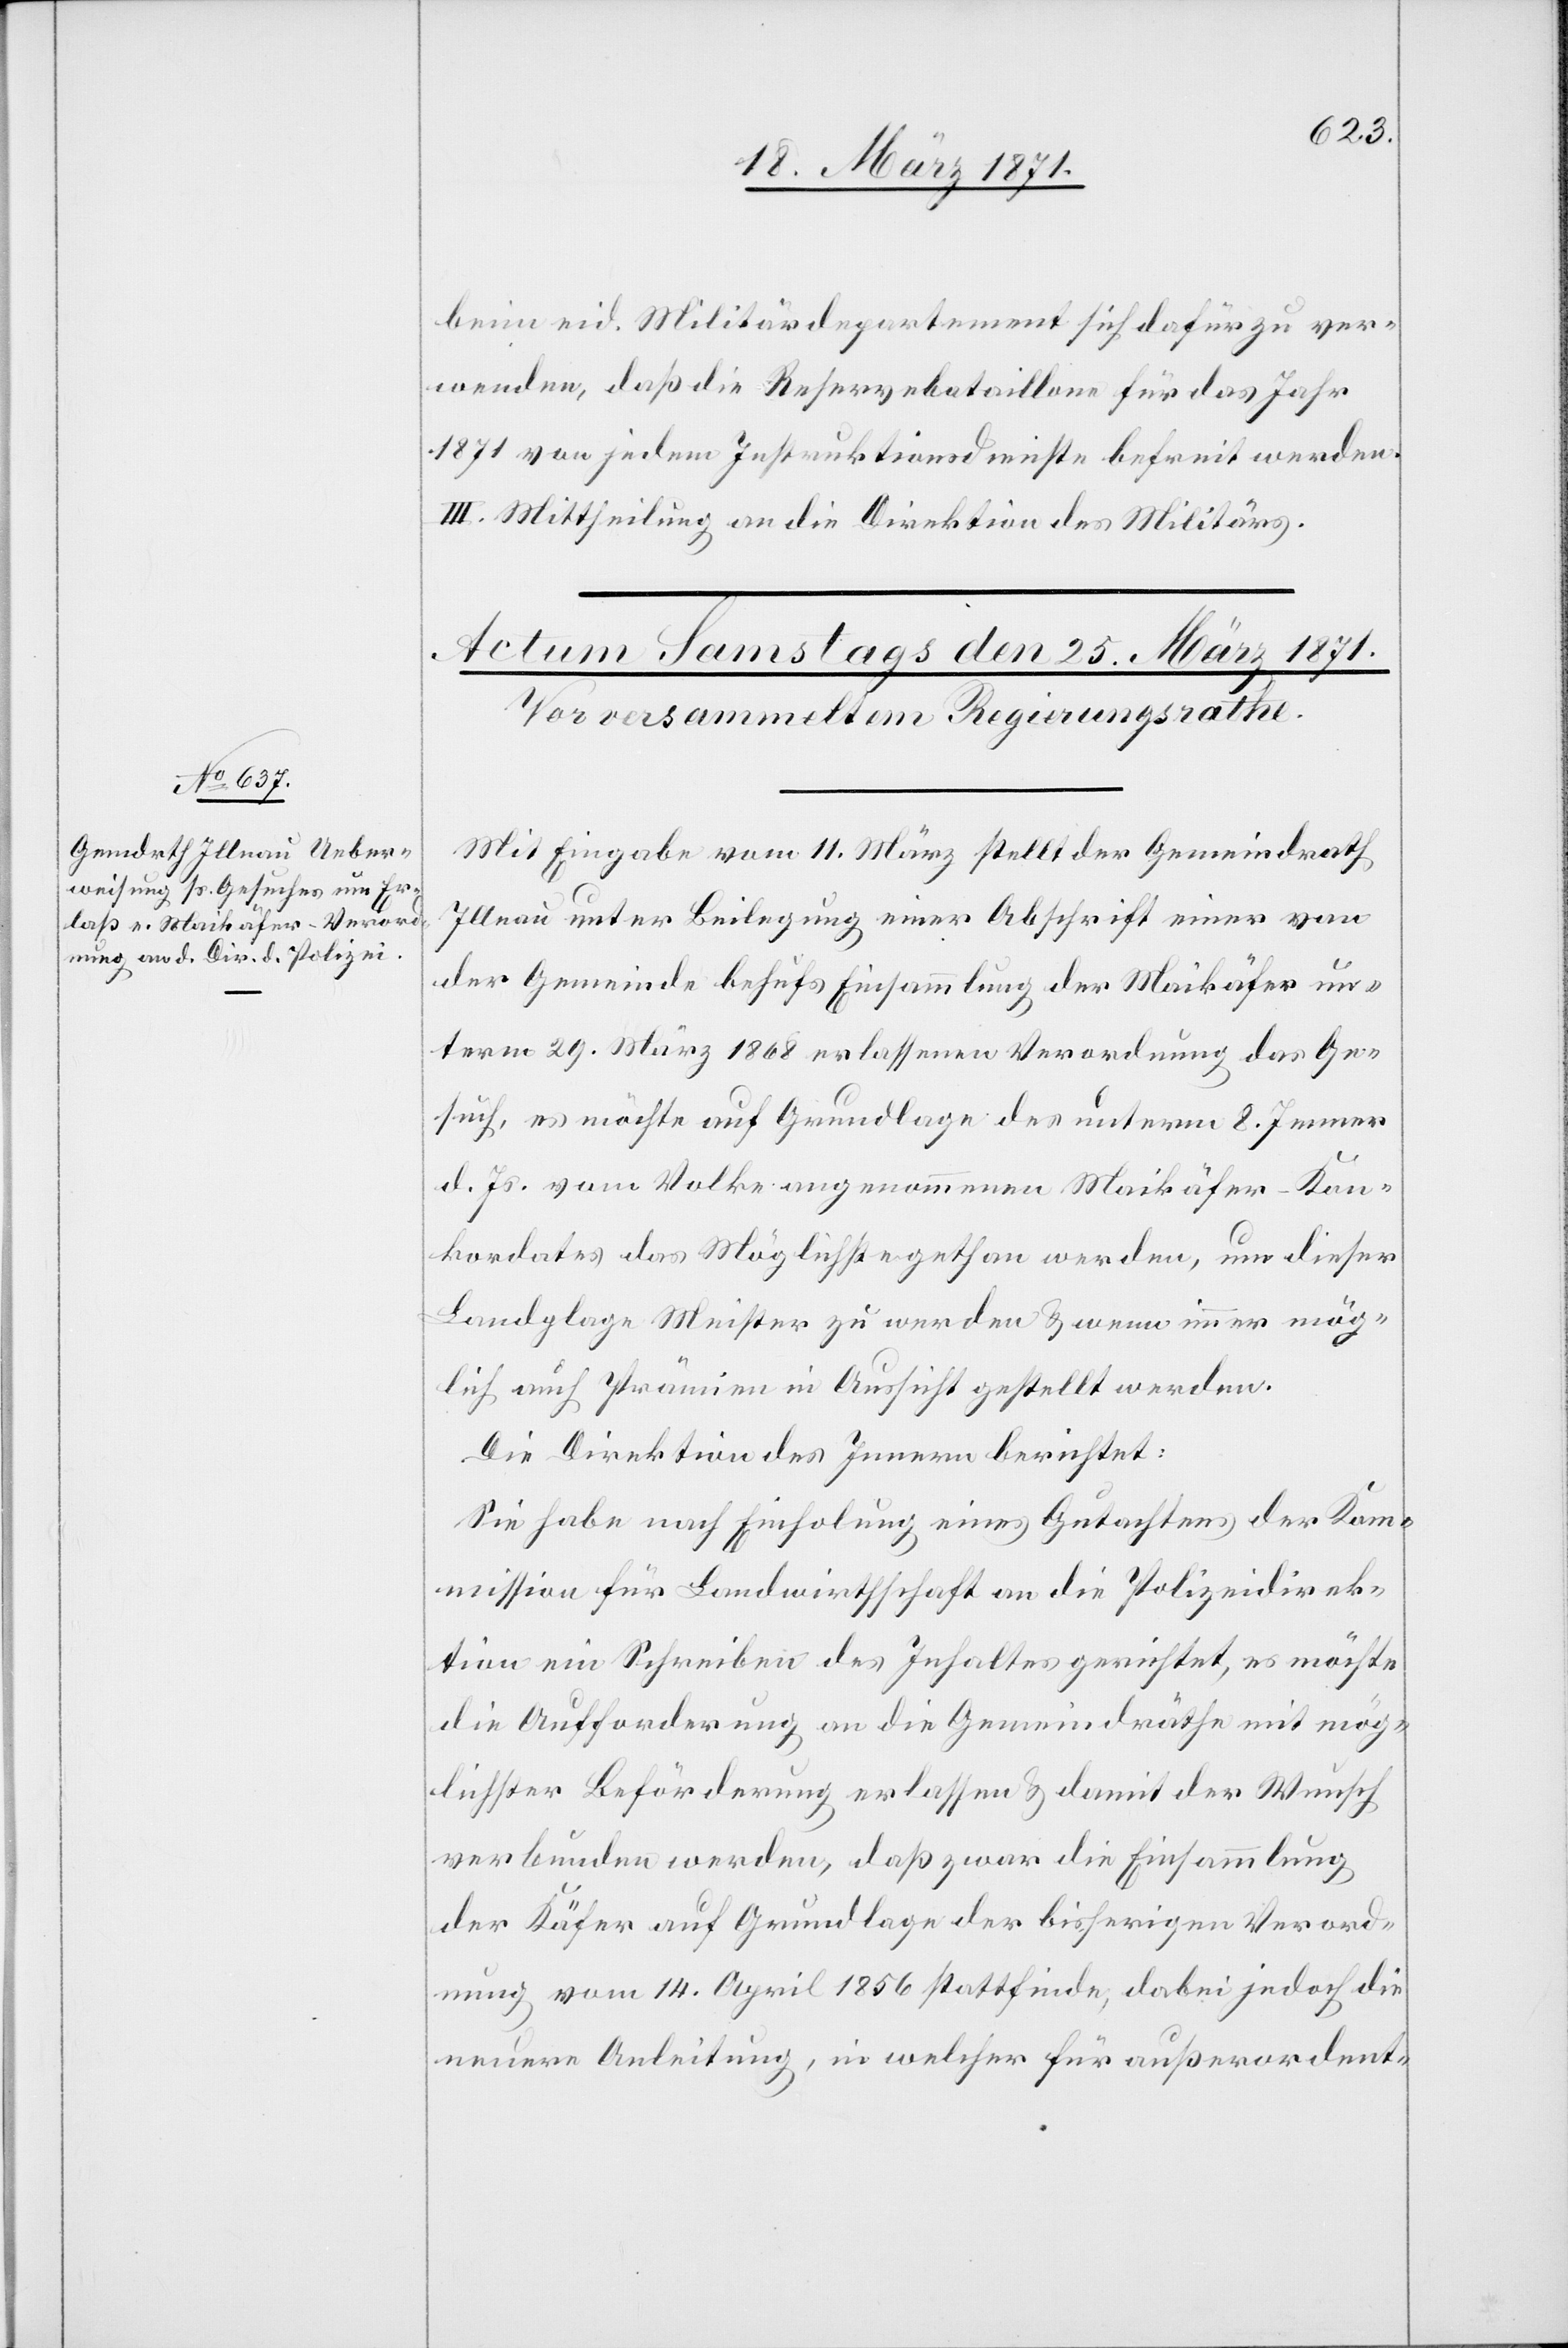
beim eid. Militärdepartement sich dafür zu ver¬
wenden, daß die Reservebataillone für das Jahr
1871 von jedem Instruktionsdienste befreit werden.
III. Mittheilung an die Direktion des Militärs.
Mit Eingabe vom 11. März stellt der Gemeindrath
Illnau unter Beilegung einer Abschrift einer von
der Gemeinde behufs Einsammlung der Maikäfer un¬
term 29. März 1868 erlassenen Verordnung das Ge¬
such, es möchte auf Grundlage des unterm 8. Jenner
d. Js. vom Volke angenommenen Maikäfer-Kon¬
kordates das Möglichste gethan werden, um dieser
Landplage Meister zu werden u. wenn immer mög¬
lich auch Prämien in Aussicht gestellt werden.
Die Direktion des Innern berichtet:
Sie habe nach Einholung eines Gutachtens der Ko¬
mmission für Landwirthschaft an die Polizeidirek¬
tion ein Schreiben des Inhaltes gerichtet, es möchte
die Aufforderung an die Gemeindräthe mit mög¬
lichster Beförderung erlassen u. damit der Wunsch
verbunden werden, daß zwar die Einsammlung
der Käfer auf Grundlage der bisherigen Verord¬
nung vom 14. April 1856 stattfinde, dabei jedoch die
neuere Anleitung, in welcher für außerordent-